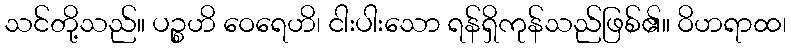
သင်တို့သည်။ ပဉ္စဟိ ဝေရေဟိ၊ ငါးပါးသော ရန်ရှိကုန်သည်ဖြစ်၏။ ဝိဟရာထ၊